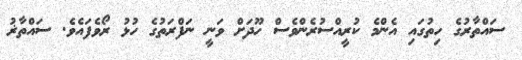
ސައްތާރުގެ ހިތުގައި އެންމެ ކުރީއްސުރެންވެސް ހޫދަށް ވަނީ ނަފްރަތުގެ ހުޅު ރޯވެފައެވެ. ސައްތާޜު